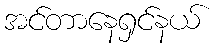
အင်တာနေရှင်နယ်